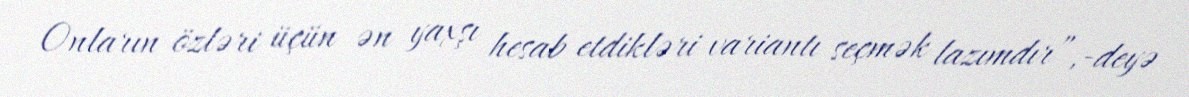
Onların özləri üçün ən yaxşı hesab etdikləri variantı seçmək lazımdır”,-deyə